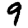
Digit: 9